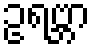
ဥရဗ္ဘာ